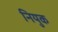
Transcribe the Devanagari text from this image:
नियुक